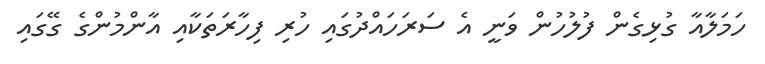
ހަމަލާއާ ގުޅިގެން ފުލުހުން ވަނީ އެ ސަރަހައްދުގައި ހުރި ފިހާރަތަކާއި އާންމުންގެ ގޭގައި